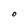
Character: O